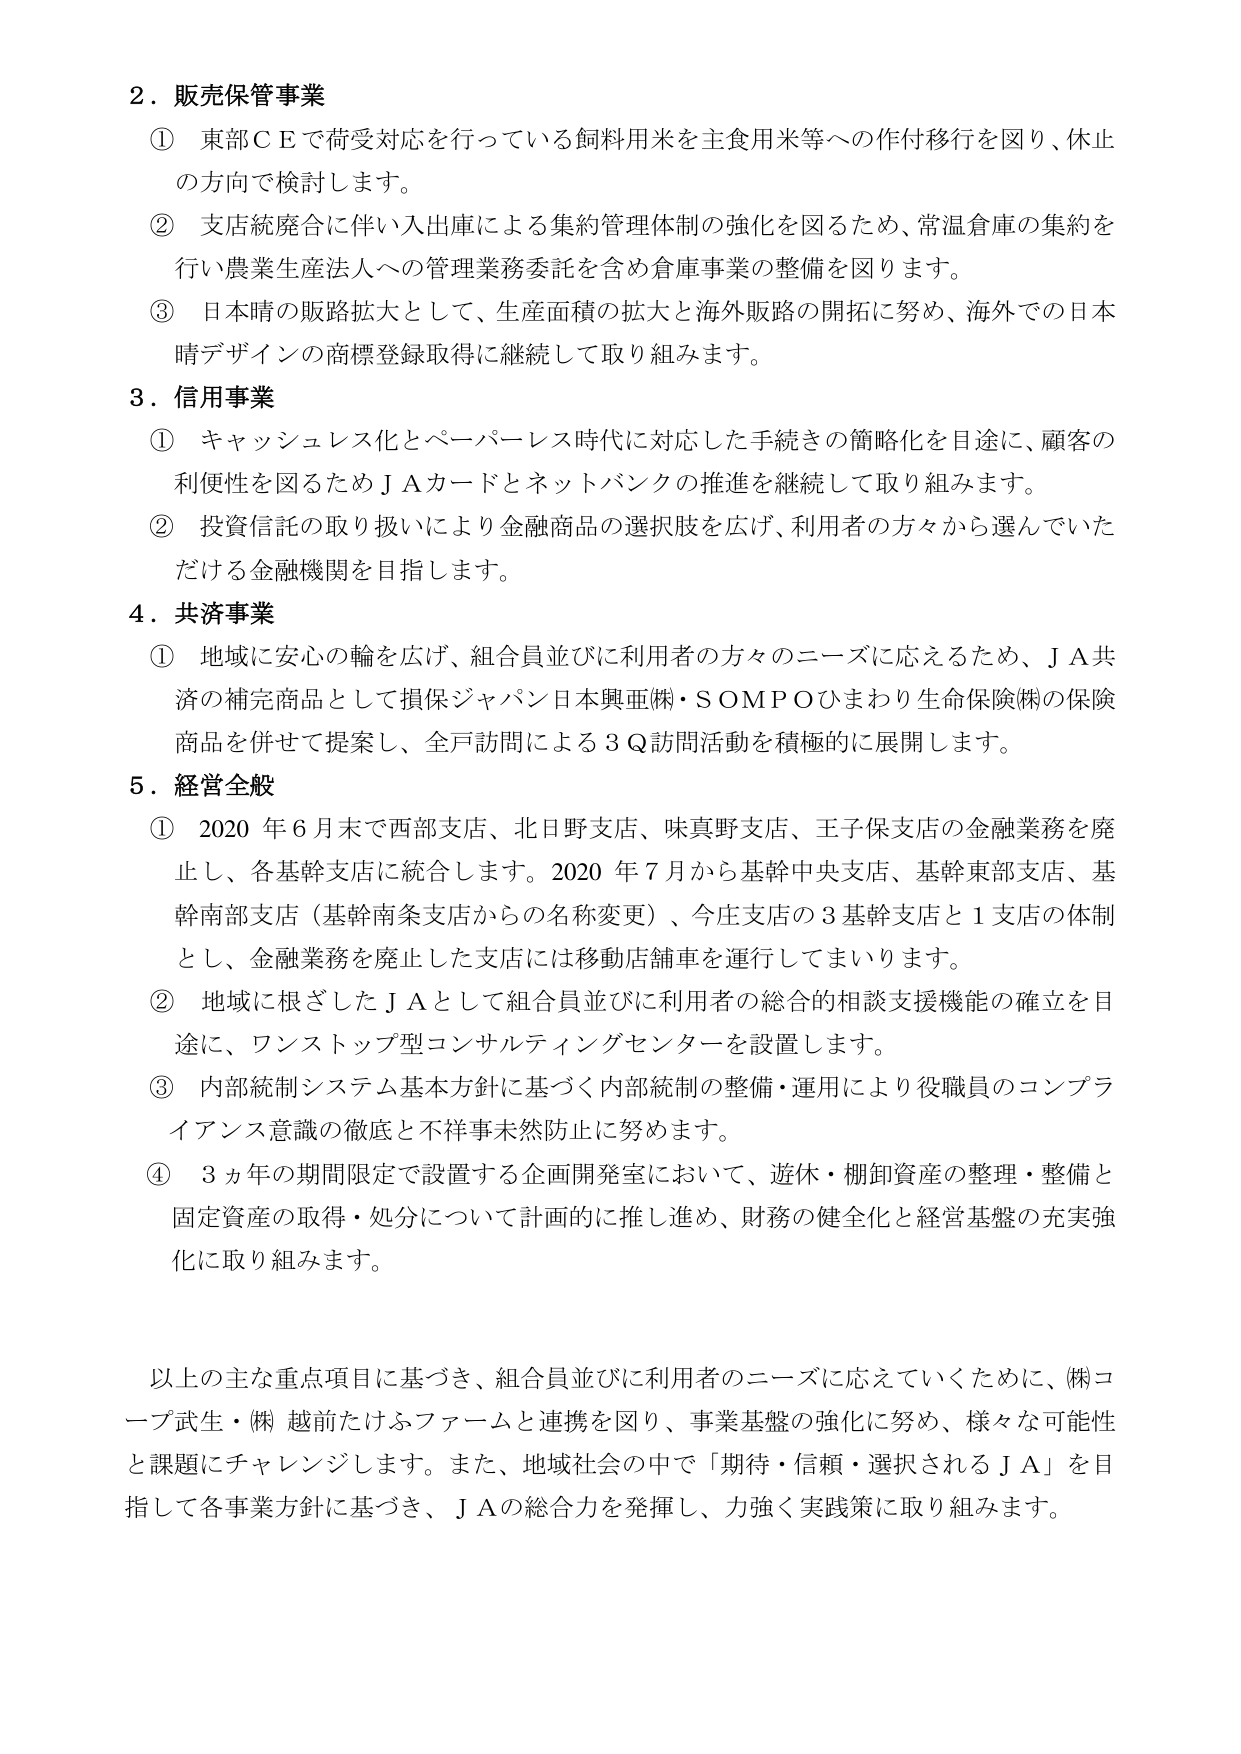
2．販売保管事業
① 東部ＣＥで荷受対応を行っている飼料用米を主食用米等への作付移行を図り、休止の方向で検討します。
② 支店統廃合に伴い入出庫による集約管理体制の強化を図るため、常温倉庫の集約を行い農業生産法人への管理業務委託を含め倉庫事業の整備を図ります。
③ 日本晴の販路拡大として、生産面積の拡大と海外販路の開拓に努め、海外での日本晴デザインの商標登録取得に継続して取り組みます。

3．信用事業
① キャッシュレス化とペーパーレス時代に対応した手続きの簡略化を目途に、顧客の利便性を図るためＪＡカードとネットバンクの推進を継続して取り組みます。
② 投資信託の取り扱いにより金融商品の選択肢を広げ、利用者の方々から選んでいただける金融機関を目指します。

4．共済事業
① 地域に安心の輪を広げ、組合員並びに利用者の方々のニーズに応えるため、ＪＡ共済の補完商品として損保ジャパン日本興亜㈱・ＳＯＭＰＯひまわり生命保険㈱の保険商品を併せて提案し、全戸訪問による３Ｑ訪問活動を積極的に展開します。

5．経営全般
① 2020年6月末で西部支店、北日野支店、味真野支店、王子保支店の金融業務を廃止し、各基幹支店に統合します。2020年7月から基幹中央支店、基幹東部支店、基幹南部支店（基幹南条支店からの名称変更）、今庄支店の3基幹支店と1支店の体制とし、金融業務を廃止した支店には移動店舗車を運行してまいります。
② 地域に根ざしたＪＡとして組合員並びに利用者の総合的相談支援機能の確立を目途に、ワンストップ型コンサルティングセンターを設置します。
③ 内部統制システム基本方針に基づく内部統制の整備・運用により役職員のコンプライアンス意識の徹底と不祥事未然防止に努めます。
④ 3ヵ年の期間限定で設置する企画開発室において、遊休・棚卸資産の整理・整備と固定資産の取得・処分について計画的に推し進め、財務の健全化と経営基盤の充実強化に取り組みます。

以上の主な重点項目に基づき、組合員並びに利用者のニーズに応えていくために、㈱コープ武生・㈱越前たけふファームと連携を図り、事業基盤の強化に努め、様々な可能性と課題にチャレンジします。また、地域社会の中で「期待・信頼・選択されるＪＡ」を目指して各事業方針に基づき、ＪＡの総合力を発揮し、力強く実践策に取り組みます。